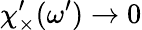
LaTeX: {\chi_{\times}^{\prime}}(\omega^{\prime})\rightarrow 0